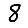
Digit: 8